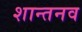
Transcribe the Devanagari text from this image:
शान्तनव